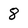
Character: 8